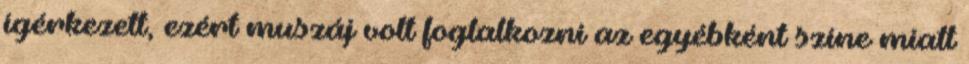
ígérkezett, ezért muszáj volt foglalkozni az egyébként színe miatt